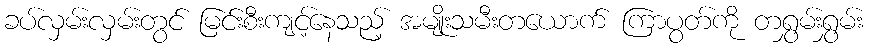
ခပ်လှမ်းလှမ်းတွင် မြင်းစီးကျင့်နေသည့် အမျိုးသမီးတယောက် ကြာပွတ်ကို တရွှမ်းရွှမ်း